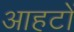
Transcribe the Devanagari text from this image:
आहटों